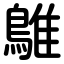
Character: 鵻